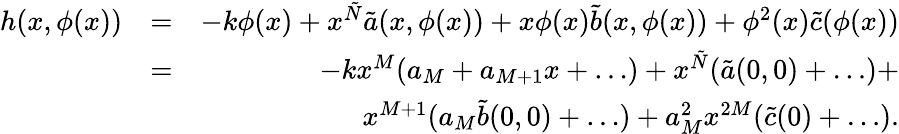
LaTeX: \begin{array}{rlr}{h(x,\phi(x))}&{=}&{-k\phi(x)+x^{\tilde{N}}\tilde{a}(x,\phi(x))+x\phi(x)\tilde{b}(x,\phi(x))+\phi^{2}(x)\tilde{c}(\phi(x))}\\ &{=}&{-kx^{M}(a_{M}+a_{M+1}x+\dots)+x^{\tilde{N}}(\tilde{a}(0,0)+\dots)+}\\ &{}&{x^{M+1}(a_{M}\tilde{b}(0,0)+\dots)+a_{M}^{2}x^{2M}(\tilde{c}(0)+\dots).}\end{array}